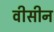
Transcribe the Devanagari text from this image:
वीसीन